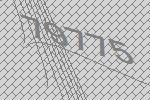
79775